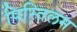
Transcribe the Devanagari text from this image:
पिस्तिलम